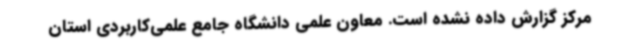
مرکز گزارش داده نشده است. معاون علمی دانشگاه جامع علمی‌کاربردی استان